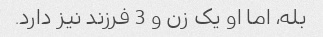
بله، اما او یک زن و 3 فرزند نیز دارد.